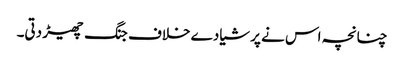
چنانچہ اس نے پرشیا دے خلاف جنگ چھیڑ دتی۔